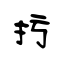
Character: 扝